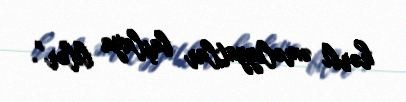
hərbi əməliyyatlar başlaya bilər”.